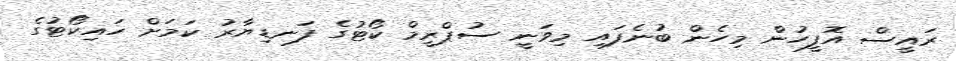
ރައީސް އޮފީހުން މިހެން ބުނެފައި މިވަނީ ސުޕްރީމް ކޯޓުގެ ފަނޑިޔާރު ކަމަށް ހައިކޯޓުގެ